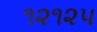
૧૨૧૨૫